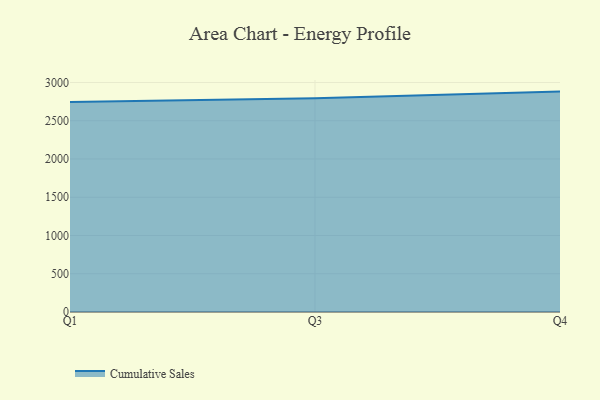
{"axis": {"x": "Quarter", "y": "Backlog"}, "legend": ["Cumulative Sales"], "data": [{"x": "Q1", "y": 2743.3, "type": "Cumulative Sales"}, {"x": "Q3", "y": 2794.8, "type": "Cumulative Sales"}, {"x": "Q4", "y": 2880.7, "type": "Cumulative Sales"}]}